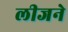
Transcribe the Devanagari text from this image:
लीजने